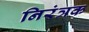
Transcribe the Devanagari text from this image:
निरंत्रक